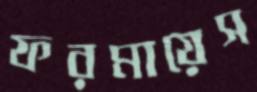
ফরমায়েস